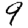
Digit: 9